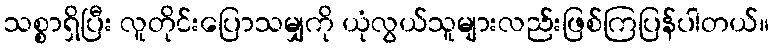
သစ္စာရှိပြီး လူတိုင်းပြောသမျှကို ယုံလွယ်သူများလည်းဖြစ်ကြပြန်ပါတယ်။